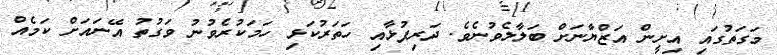
މަގަތުގައި އިށީން އަޒްޔާނަށް ބަލާލެވުނެވެ. ދަރިފުޅާއި ހަތަރުކަޅި ހަމަކުރެވުނު ވަގުތު އޭނައަށް ކަމެއް